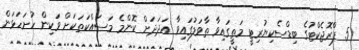
5. ޕްރޮޖެކްޓުގެ ބިޑްސެކިޔުރިޓީ މަތީގައިވާ ތާވަލުގައިވާ އަދަދަށް ކޮންމެ މަސައްކަތަކަށް ވަކިން ހުށަހަޅަން